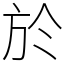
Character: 於